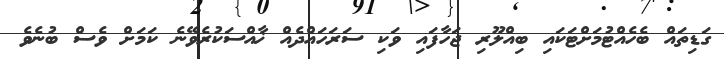
ގަޑިތައް ބެހެއްޓުމަށްޓަކައި ބިއްލޫރި ޖަހާފައި ވަކި ސަރަހައްދެއް ޚާއްސަކުރެވޭނެ ކަމަށް ވެސް ބުނެވެ